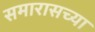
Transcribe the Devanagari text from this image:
समारासच्या